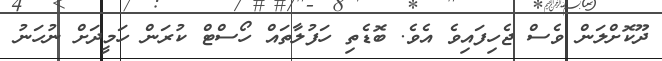
ދޫކޮށްލަން ވެސް ޖެހިފައިވެ އެވެ. ބޮޑެތި ހަފުލާތައް ހޯސްޓް ކުރަން ހަމީދަށް ނުހަނު